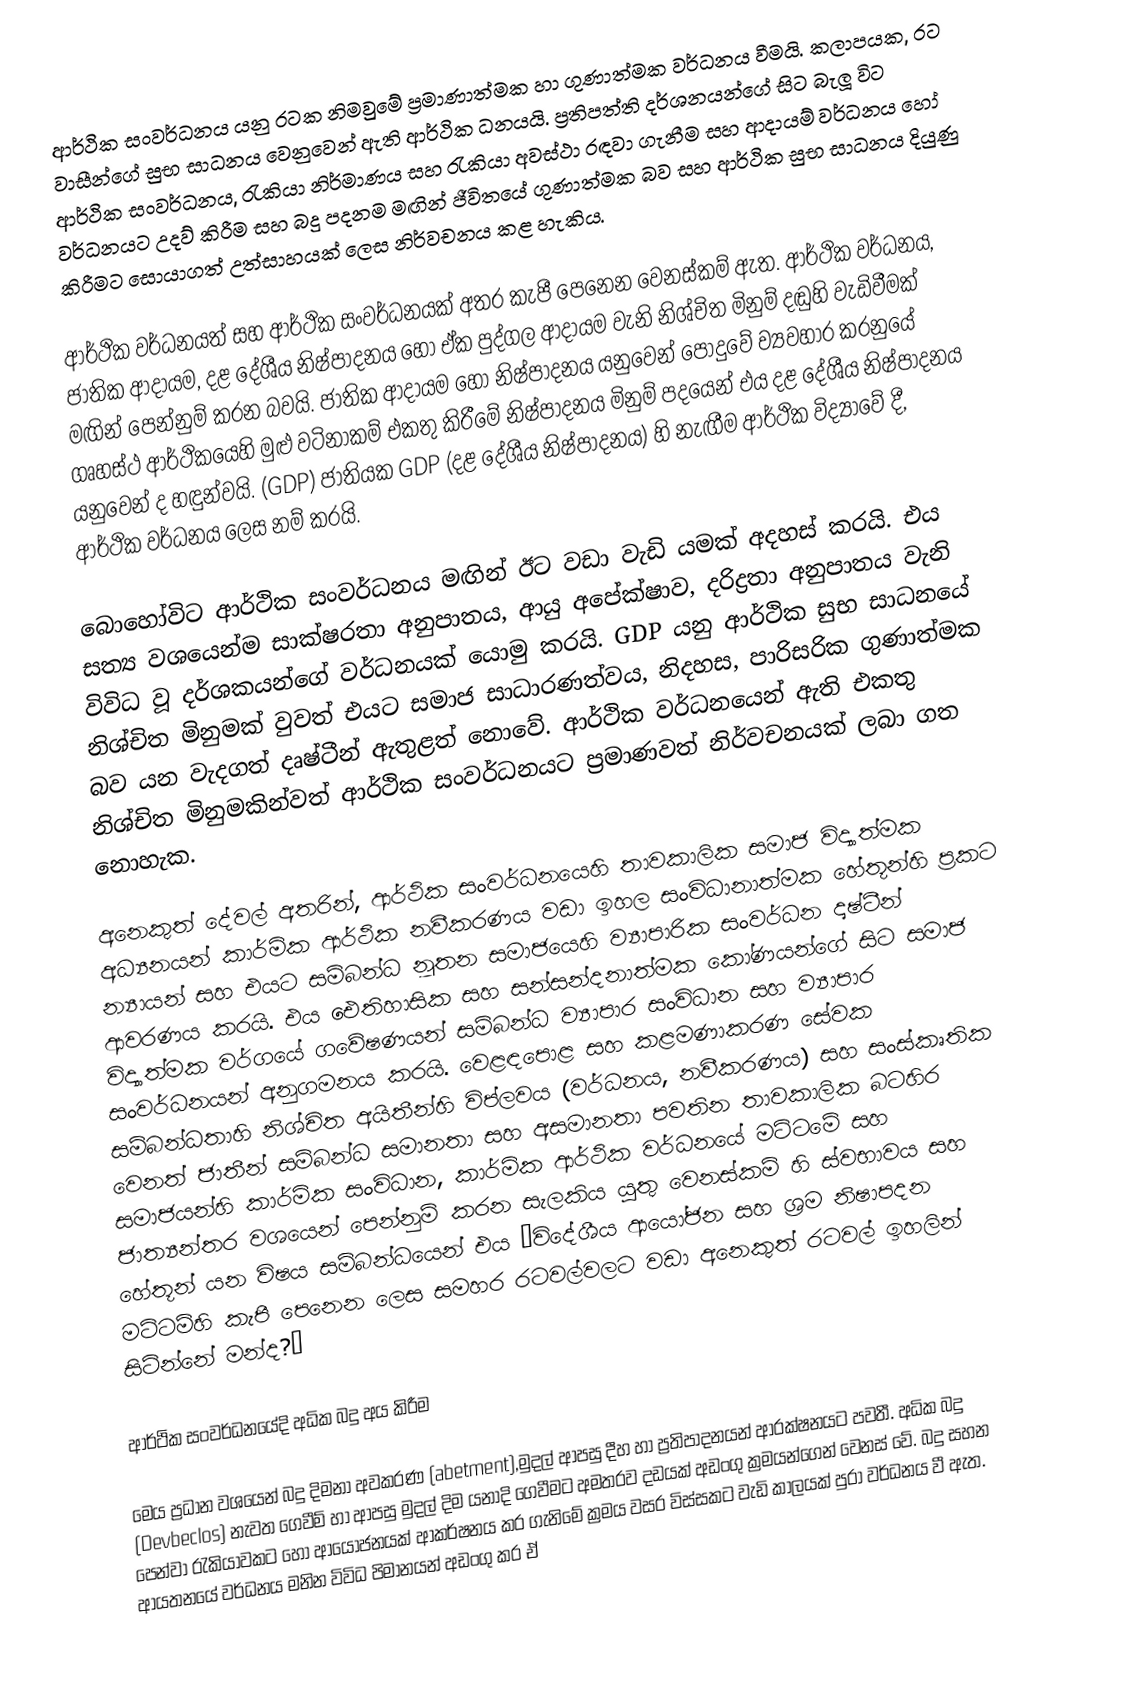
ආර්ථික සංවර්ධනය යනු රටක නිමවුමේ ප්‍රමාණාත්මක හා ගුණාත්මක වර්ධනය වීමයි. කලාපයක, රට වාසීන්ගේ සුභ සාධනය වෙනුවෙන් ඇති ආර්ථික ධනයයි. ප්‍රතිපත්ති දර්ශනයන්ගේ සිට බැලූ විට ආර්ථික සංවර්ධනය, රැකියා නිර්මාණය සහ රැකියා අවස්ථා රඳවා ගැනීම සහ ආදායම් වර්ධනය හෝ වර්ධනයට උදව් කිරීම සහ බදු පදනම මඟින් ජීවිතයේ ගුණාත්මක බව සහ ආර්ථික සුභ සාධනය දියුණු කිරීමට සොයාගත් උත්සාහයක් ලෙස නිර්වචනය කළ හැකිය.

ආර්ථික වර්ධනයත් සහ ආර්ථික සංවර්ධනයක් අතර කැපී පෙනෙන වෙනස්කම් ඇත. ආර්ථික වර්ධනය, ජාතික ආදායම, දළ දේශීය නිෂ්පාදනය හෝ ඒක පුද්ගල ආදායම වැනි නිශ්චිත මිනුම් දඬුහි වැඩිවීමක් මඟින් පෙන්නුම් කරන බවයි. ජාතික ආදායම හෝ නිෂ්පාදනය යනුවෙන් පොදුවේ ව්‍යවහාර කරනුයේ ගෘහස්ථ ආර්ථිකයෙහි මුළු වටිනාකම් එකතු කිරීමේ නිෂ්පාදනය මිනුම් පදයෙන් එය දළ දේශීය නිෂ්පාදනය යනුවෙන් ද හඳුන්වයි. (GDP) ජාතියක GDP (දළ දේශීය නිෂ්පාදනය) හි නැඟීම ආර්ථික විද්‍යාවේ දී, ආර්ථික වර්ධනය ලෙස නම් කරයි.

බොහෝවිට ආර්ථික සංවර්ධනය මඟින් ඊට වඩා වැඩි යමක් අදහස් කරයි. එය සත්‍ය වශයෙන්ම සාක්ෂරතා අනුපාතය, ආයු අපේක්ෂාව, දරිද්‍රතා අනුපාතය වැනි විවිධ වූ දර්ශකයන්ගේ වර්ධනයක් යොමු කරයි. GDP යනු ආර්ථික සුභ සාධනයේ නිශ්චිත මිනුමක් වුවත් එයට සමාජ සාධාරණත්වය, නිදහස, පාරිසරික ගුණාත්මක බව යන වැදගත් දෘෂ්ටීන් ඇතුළත් නොවේ. ආර්ථික වර්ධනයෙන් ඇති එකතු නිශ්චිත මිනුමකින්වත් ආර්ථික සංවර්ධනයට ප්‍රමාණවත් නිර්වචනයක් ලබා ගත නොහැක.

‍අනෙකුත් දේවල් අතරින්, ආර්ථික සංවර්ධනයෙහි තාවකාලික සමාජ විද්‍යාත්මක අධ්‍යනයන් කාර්මික ආර්ථික නවීකරණය වඩා ඉහල සංවිධානාත්මක හේතූන්හි ප්‍රකට න්‍යායන් සහ එයට සම්බන්ධ නූතන සමාජයෙහි ව්‍යාපාරික සංවර්ධන දෘෂ්ටීන් ආවරණය කරයි. එය ඓතිහාසික සහ සන්සන්දනාත්මක කෝණයන්ගේ සිට සමාජ විද්‍යාත්මක වර්ගයේ ගවේෂණයන් සම්බන්ධ ව්‍යාපාර සංවිධාන සහ ව්‍යාපාර සංවර්ධනයන් අනුගමනය කරයි. වෙළඳපොළ සහ කළමණාකරණ සේවක සම්බන්ධතාහි නිශ්චිත අයිතීන්හි විප්ලවය (වර්ධනය, නවීකරණය) සහ සංස්කෘතික වෙනත් ජාතීන් සම්බන්ධ සමානතා සහ අසමානතා පවතින තාවකාලික බටහිර සමාජයන්හි කාර්මික සංවිධාන, කාර්මික ආර්ථික වර්ධනයේ මට්ටමේ සහ ජාත්‍යන්තර වශයෙන් පෙන්නුම් කරන සැලකිය යුතු වෙනස්කම් හි ස්වභාවය සහ හේතූන් යන විෂය සම්බන්ධයෙන් එය “විදේශීය ආයෝජන සහ ශ්‍රම නිෂාපදන මට්ට‍ම්හි කැපී පෙනෙ‍න ලෙස සමහර රටවල්වලට වඩා අනෙකුත් රටවල් ඉහලින් සිටින්නේ මන්ද?”

ආර්ථික සංවර්ධනයේදි අධික බදු අය කිරීම

මෙය ප්‍රධාන වශයෙන් බදු දිමනා අවකරණ (abetment),මුදල් ආපසු දීහ හා ප්‍රතිපාදනයන් ආරක්ෂනයට පවතී. අධික බදු  (Devbeclos) නැවත ගෙවීම් හා ආපසු මුදල් දිම යනාදි ගෙවීමට අමතරව දඩයක් අඩංගු ක්‍රමයන්ගෙන් වෙනස් වේ. බදු සහන පෙන්වා රැකියාවකට හෝ ආයෝජනයක් ආකර්ෂනය කර ගැනිමේ ක්‍රමය වසර විස්සකට වැඩි කාලයක් පුරා වර්ධනය වී ඇත. ආයතනයේ වර්ධනය මනින විවිධ පිමානයන් අඩංගු කර ඒ